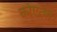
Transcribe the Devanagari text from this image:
कोएत्ज़ी